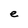
Character: e